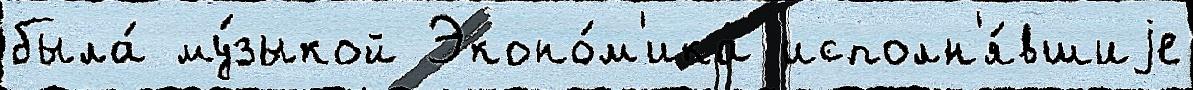
была́ му́зыкой Эконо́м'ика исполн'я́вшиjе